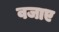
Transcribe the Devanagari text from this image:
वजाए